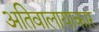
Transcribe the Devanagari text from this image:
अतिवालायाकार